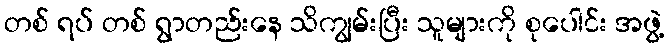
တစ် ရပ် တစ် ရွာတည်းနေ သိကျွမ်းပြီး သူများကို စုပေါင်း အဖွဲ့